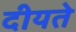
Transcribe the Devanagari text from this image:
दीयते